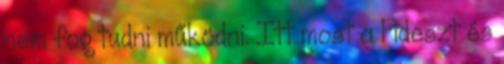
nem fog tudni működni. Itt most a Fideszt és